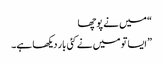
“ میں نے پوچھا
” ایسا تو میں نے کئی بار دیکھا ہے۔